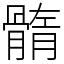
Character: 䯝